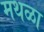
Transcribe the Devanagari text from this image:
मथळा